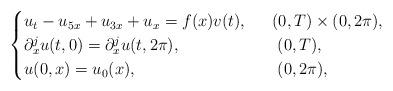
LaTeX: \begin{align*}\begin{cases}u_t-u_{5x}+u_{3x}+u_x=f(x)v(t), & \ \ (0,T)\times (0,2\pi),\\\partial_x^{j}u(t,0)=\partial_x^{j} u (t,2\pi), & \ \ \ (0,T),\\u(0,x)=u_0(x),&\ \ \ (0,2\pi),\end{cases}\end{align*}